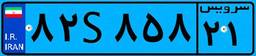
۶۳S۰۲۹۷۰